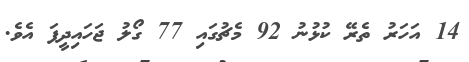
14 އަހަރު ތެރޭ ކުޅުނު 92 މެޗުގައި 77 ގޯލު ޖަހައިދީފަ އެވެ.